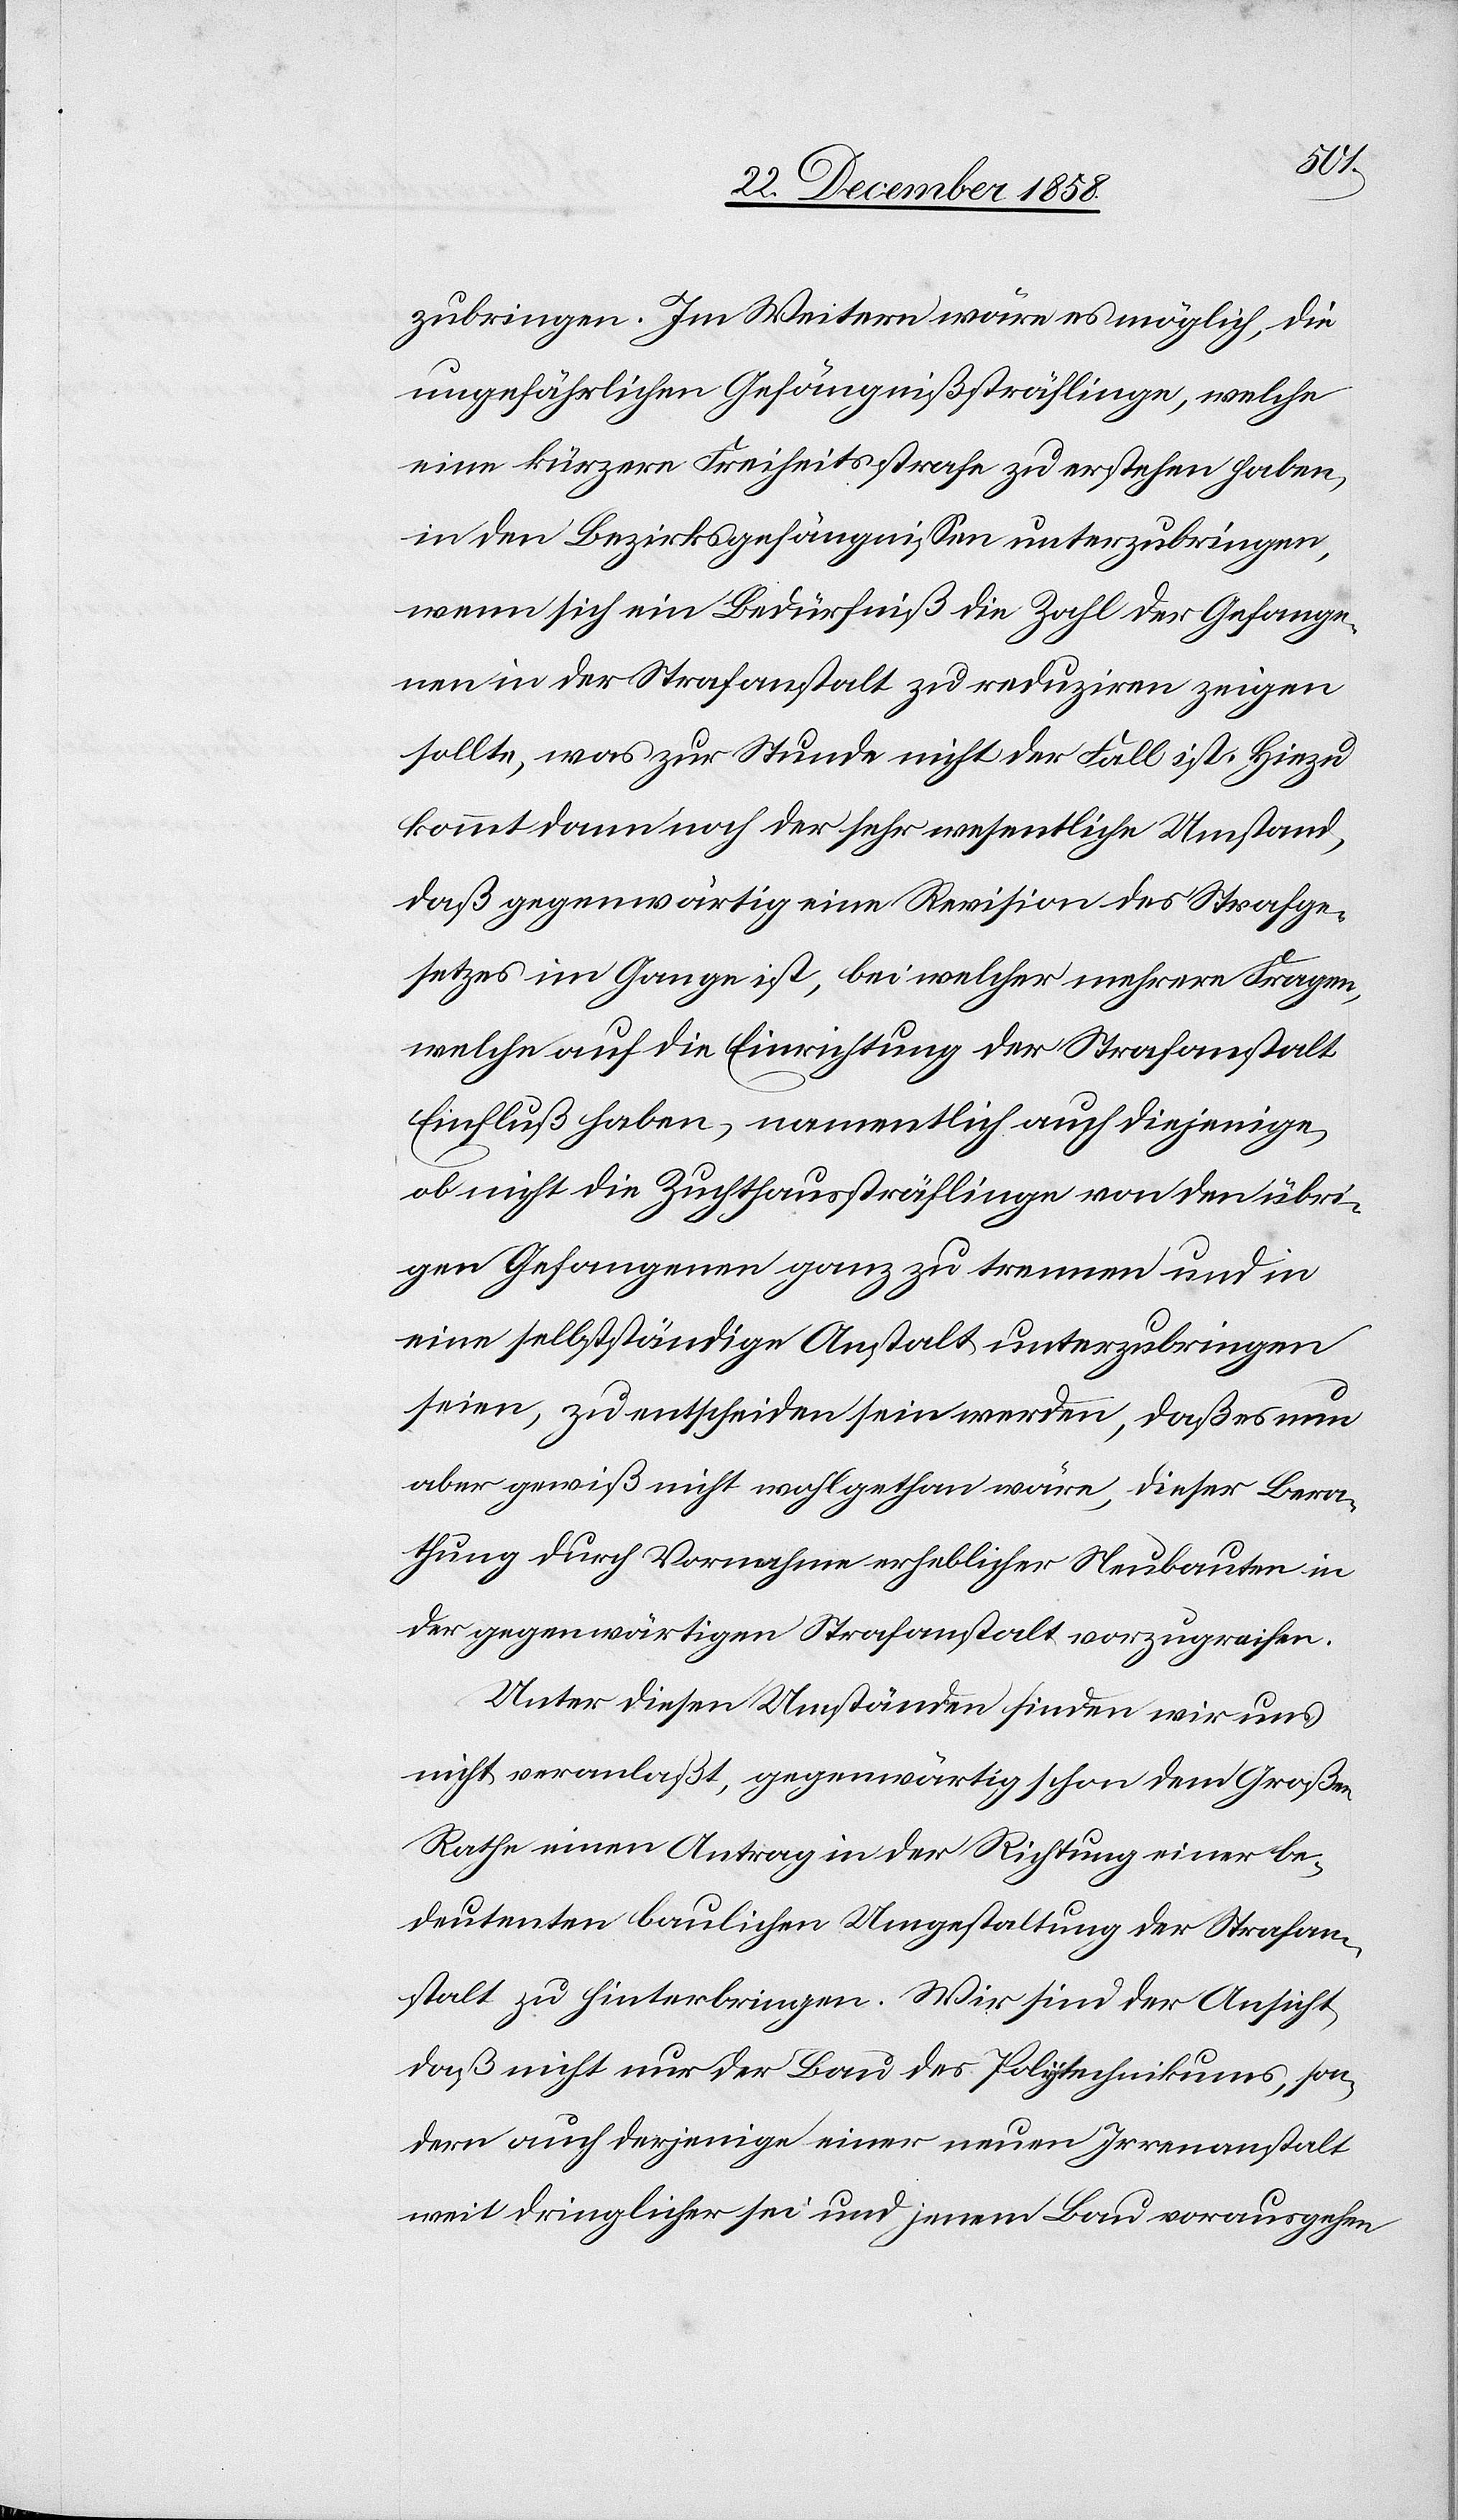
zubringen. Im Weitern wäre es möglich, die
ungefährlichen Gefängnißsträflinge, welche
eine kürzere Freiheitsstrafe zu erstehen haben,
in den Bezirksgefängnissen unterzubringen,
wenn sich ein Bedürfniß die Zahl der Gefange¬
nen in der Strafanstalt zu reduziren zeigen
sollte, was zur Stunde nicht der Fall ist. Hiezu
kommt dann noch der sehr wesentliche Umstand,
daß gegenwärtig eine Revision des Strafge¬
setzes im Gange ist, bei welcher mehrere Fragen,
welche auf die Einrichtung der Strafanstalt
Einfluß haben, namentlich auch diejenige,
ob nicht die Zuchthaussträflinge von den übri¬
gen Gefangenen ganz zu trennen und in
eine selbstständige Anstalt unterzubringen
seien, zu entscheiden sein werden, daß es nun
aber gewiß nicht wohl gethan wäre, dieser Bera¬
thung durch Vornahme erheblicher Neubauten in
der gegenwärtigen Strafanstalt vorzugreifen.
Unter diesen Umständen finden wir uns
nicht veranlaßt, gegenwärtig schon dem Großen
Rathe einen Antrag in der Richtung einer be¬
deutenten [sic!] baulichen Umgestaltung der Strafan¬
stalt zu hinterbringen. Wir sind der Ansicht,
daß nicht nur der Bau des Polytechnikums, son¬
dern auch derjenige einer neuen Irrenanstalt
weit dringlicher sei und jenem Bau vorausgehen